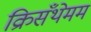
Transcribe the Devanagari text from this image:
क्रिसँथेमम